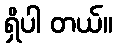
ရှိပါ တယ်။